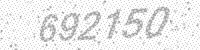
Solution: 692150